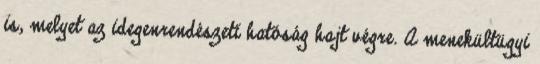
is, melyet az idegenrendészeti hatóság hajt végre. A menekültügyi